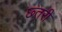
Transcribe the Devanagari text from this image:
छ्तरी